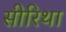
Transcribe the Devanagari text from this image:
सीरिथा